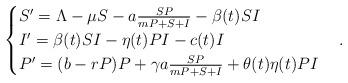
LaTeX: \begin{align*}\begin{cases}S'={\Lambda-\mu S} - a \frac{SP}{mP+S+I}-\beta(t)SI\\I'=\beta(t)SI-\eta(t)PI-c(t)I\\P'={(b-rP)P}+ \gamma a \frac{SP}{mP+S+I}+\theta(t)\eta(t)PI\end{cases}.\end{align*}